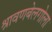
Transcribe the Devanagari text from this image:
श्रावणबेलगोला